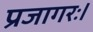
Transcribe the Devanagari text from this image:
प्रजागरः।